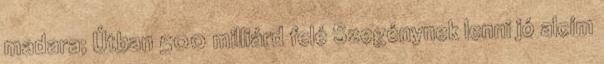
madara; Útban 500 milliárd felé Szegénynek lenni jó alcím